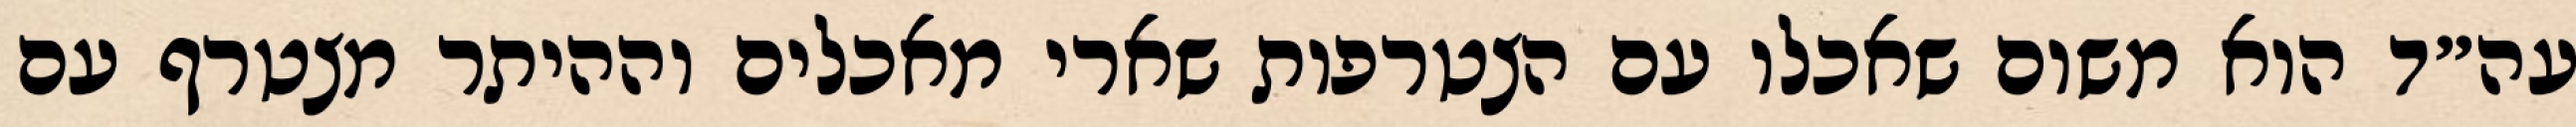
עה״ד הוא משום שאכלו עם הצטרפות שארי מאכלים וההיתר מצטרף עם